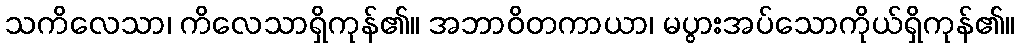
သကိလေသာ၊ ကိလေသာရှိကုန်၏။ အဘာဝိတကာယာ၊ မပွားအပ်သောကိုယ်ရှိကုန်၏။